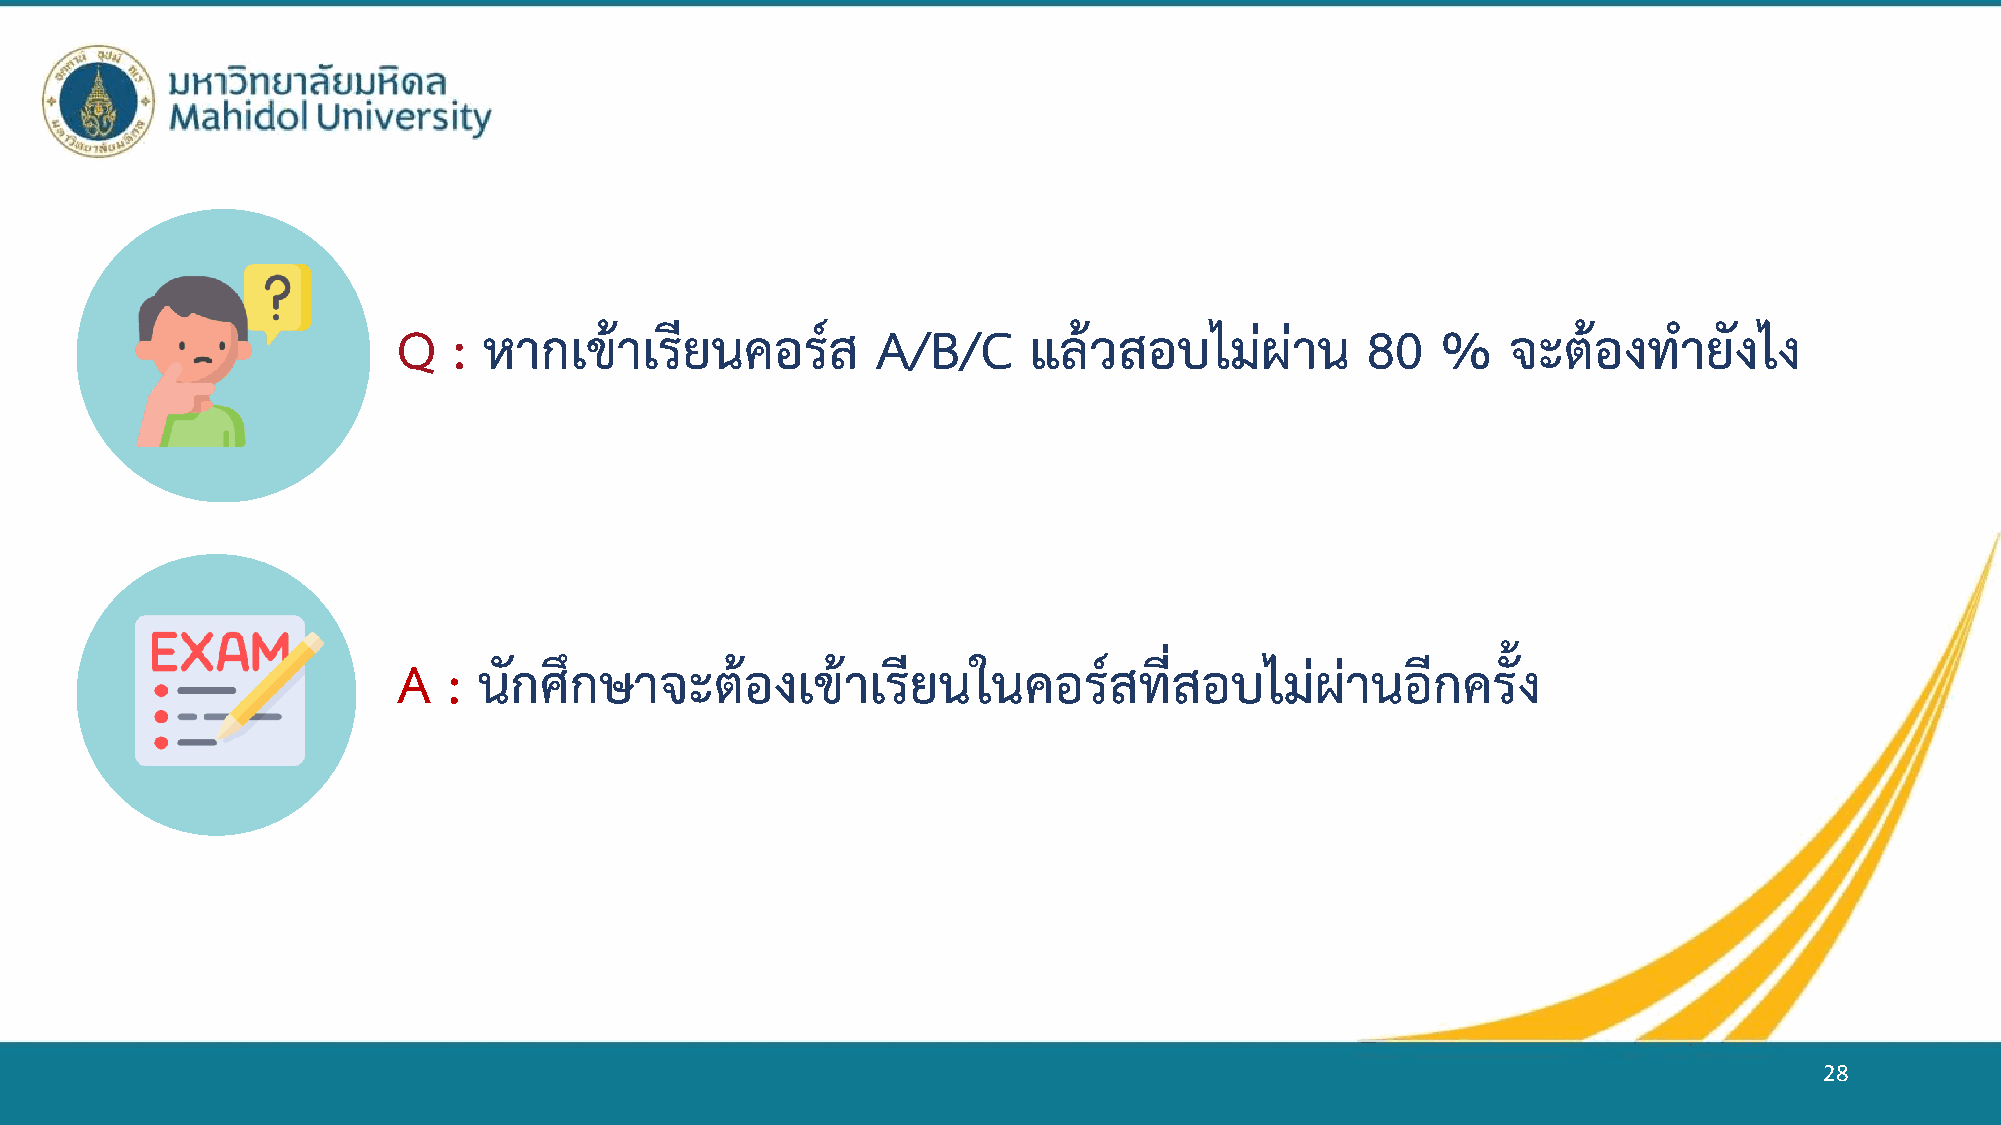
Q   : หากเข้าเรียนคอร์ส         A/B/C     แล้วสอบไม่ผ่าน        80   %    จะต้องท    ายังไง
 A   : นักศึกษาจะต้องเข้าเรียนในคอร์สที่สอบไม่ผ่านอีกครั้ง
 28